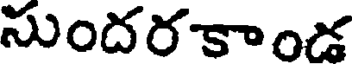
సుందరకాండ